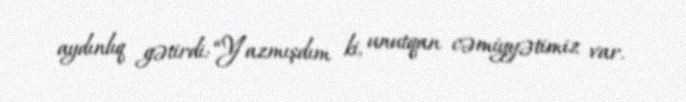
aydınlıq gətirdi: “Yazmışdım ki, unutqan cəmiyyətimiz var.